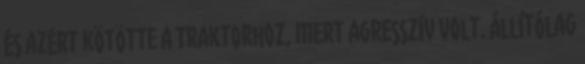
és azért kötötte a traktorhoz, mert agresszív volt. Állítólag